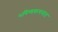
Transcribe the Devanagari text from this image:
भविष्यकथनात